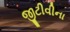
જીટીવીના